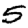
Digit: 5